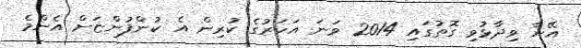
އޭނާ ވިދާޅުވި ގޮތުގައި 2014 ވަނަ އަހަރުގެ ކުރިން އެ ކުންފުންޏަށް އެންމެ